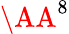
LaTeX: \AA^{8}